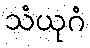
သံယုဂံ